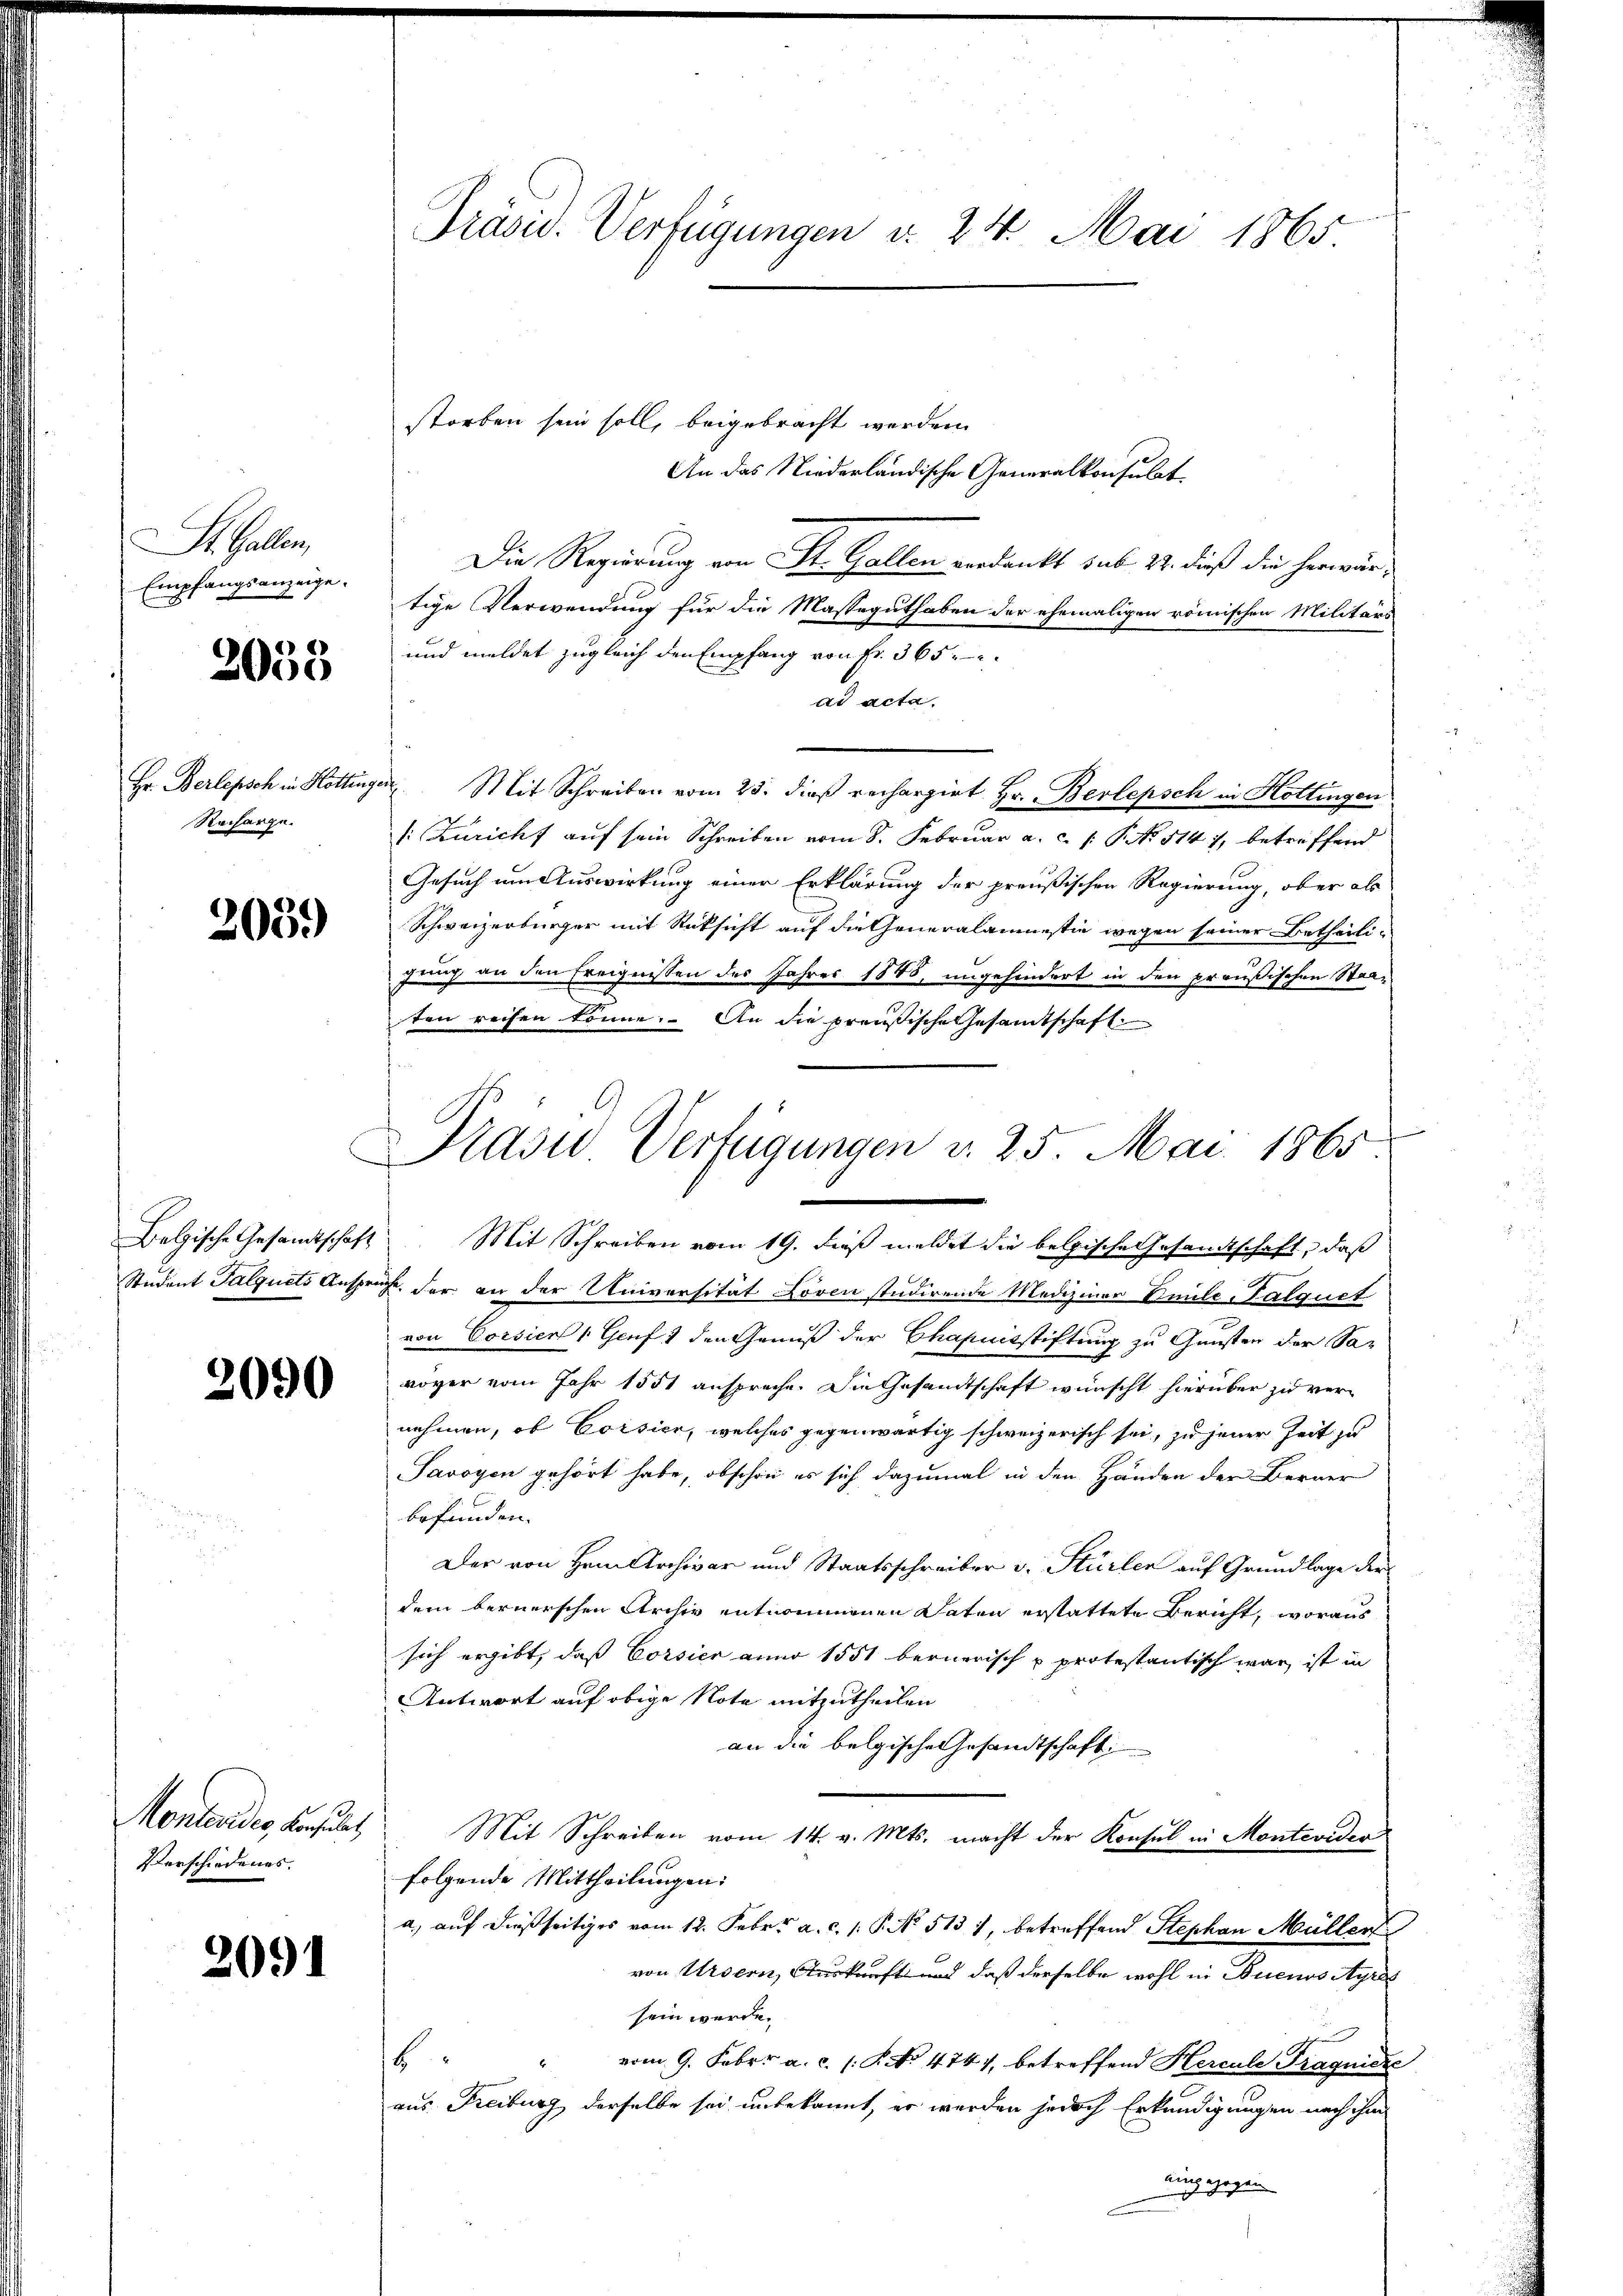
SSt. Gallen,
Empfangsanzeige.

2033

Hr. Berlepsch in Hotting
Recharge.

2059)

Belgische Gesandtschaft

2090

Montandes, Konsulat
Verschiedenes.

2091

Präsid. Verfügungen d. 24. Mai 1865

Präsid Verfügungen v. 25. Mai 1865

storben sein soll, beigebracht werden.
An das Niederländische Generalkonsulat
Die Regierung von St. Gallen verdankt sub. 24. dieß die herwärtige Verwendung für die Masseguthaben der ehemaligen römischen Militärs
und meldet zugleich den Empfang von Fr. 365
ad acta.
 Mit Schreiben vom 23. dieß rechargirt Hr. Berlepsch in Kottingen
v. Züricht auf sein Schreiben vom 8. Februar a. c. P. No 1141, betriffend
Gesuch um Auswirkung einer Erklärung der preußischen Regierung, aber als
Schweizerbürger mit Rücksicht auf die Generalaumessin wegen seiner Betheili-
gung an den Ereignissen des Jahres 1885, ungehindert in den preußischen Staaten reifen könne. An die preußische Gesamtschaft
f
Mit Schreiben vom 19. dieß meldet die belgische Gesandtschaft, daß
Student Talquets Anspruche, der an der Universität Loven studirende Mediziner Emile-Falguet
von Corsien, Genf & den Genuß der Chapuisstiftung zu Gunsten der Savöver vom Jahr 1851 anspreche. Die Gesandtschaft wünscht hierüber zu vernehmen, ob Corsier, welches gegenwärtig schweizerisch sei, zu jener Zeit zu
Savoyen gehört habe, obschon es sich dazumal in den Händen der Berner
befunden.
Der von Hrn. Archivar und Staatsschreiber v. Stürler auf Grundlage der
dem bernerschen Archiv entnommenen Daten erstattete Bericht, woraus
sich ergibt, daß Corsier anno 1551 bernerisch u protestantisch war ist in
Antwort auf obige Note mitzutheilen
an die belgische Gesandtschaft
Mit Schreiben vom 14. v. Mts. macht der Konsul in Montevideo
folgende Mittheilungen:
a, auf dießseitiges vom 12. Febr. a. c. 1. P. No. 513 1, betreffend Stephan Müller
von Ursern, Auskauft und daß derselbe wohl in Buenos Ayres
sein werde.
6
vom 9. Febr. a. c. s. S. No 4747, betreffend Hercule Tragniere
aus Freiburg derselbe sei unbekannt, er werden jedoch Erkundigungen nach ihm
eingezogen